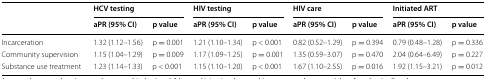
<table><thead><tr><td rowspan="2"></td><td colspan="2"><b>HCV testing</b></td><td colspan="2"><b>HIV testing</b></td><td colspan="2"><b>HIV care</b></td><td colspan="2"><b>Initiated ART</b></td></tr><tr><td><b>aPR (95% CI)</b></td><td><b>p value</b></td><td><b>aPR (95% CI)</b></td><td><b>p value</b></td><td><b>aPR (95% CI)</b></td><td><b>p value</b></td><td><b>aPR (95% CI)</b></td><td><b>p value</b></td></tr></thead><tbody><tr><td>Incarceration</td><td>1.32 (1.12–1.56)</td><td>p = 0.001</td><td>1.21 (1.10–1.34)</td><td>p &lt; 0.001</td><td>0.82 (0.52–1.29)</td><td>p = 0.394</td><td>0.79 (0.48–1.28)</td><td>p = 0.336</td></tr><tr><td>Community supervision</td><td>1.15 (1.04–1.29)</td><td>p = 0.009</td><td>1.17 (1.09–1.25)</td><td>p = 0.001</td><td>1.35 (0.59–3.07)</td><td>p = 0.470</td><td>2.04 (0.64–6.49)</td><td>p = 0.227</td></tr><tr><td>Substance use treatment</td><td>1.23 (1.14–1.33)</td><td>p &lt; 0.001</td><td>1.15 (1.10–1.20)</td><td>p &lt; 0.001</td><td>1.67 (1.10–2.55)</td><td>p = 0.016</td><td>1.92 (1.15–3.21)</td><td>p = 0.012</td></tr></tbody></table>